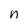
Character: n